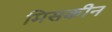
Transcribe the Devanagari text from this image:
मिसकीन